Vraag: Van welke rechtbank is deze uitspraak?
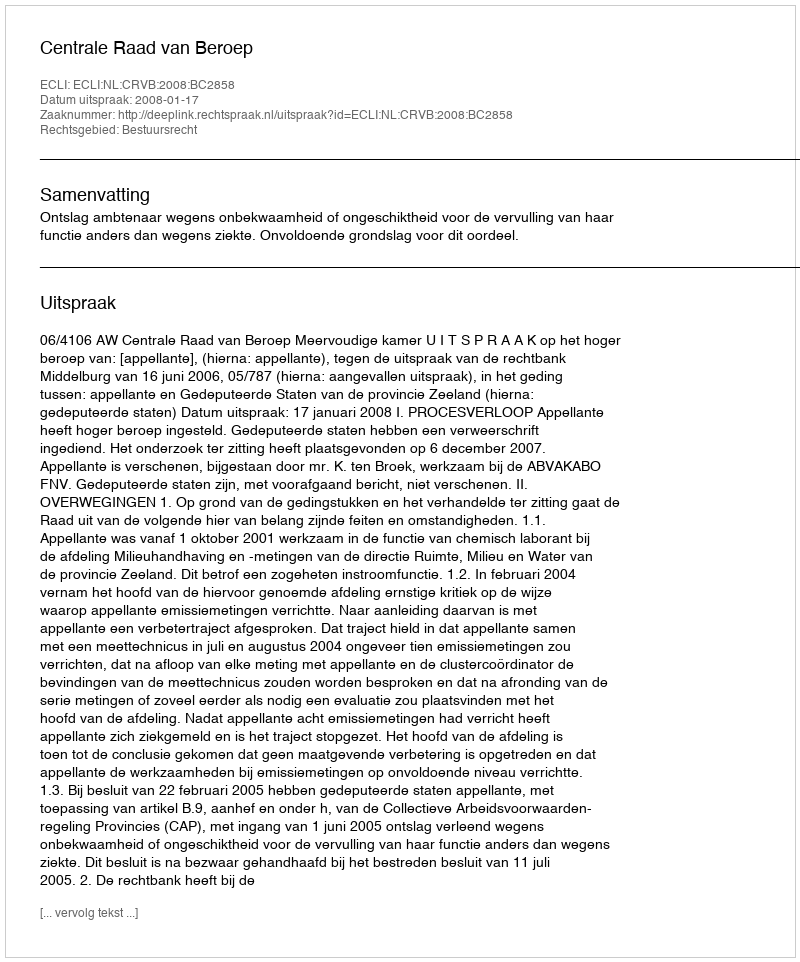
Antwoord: Centrale Raad van Beroep